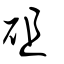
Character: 砠